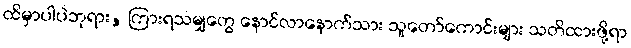
ထိမှာပါပဲဘုရား, ကြားရသမျှတွေ နောင်လာနောက်သား သူတော်ကောင်းများ သတိထားဖို့ရာ